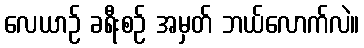
လေယာဉ် ခရီးစဉ် အမှတ် ဘယ်လောက်လဲ။